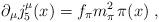
LaTeX: \begin{align*}\partial_\mu j_5^\mu (x) = f_\pi m_\pi^2 \, \pi (x) \; , \end{align*}